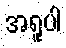
အရူပါ